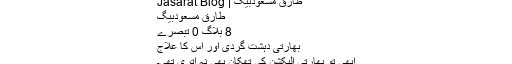
طارق مسعودبیگ | Jasarat Blog
طارق مسعودبیگ
8 بلاگ 0 تبصرے
بھارتی دہشت گردی اور اس کا علاج
ابھی تو بھارتی الیکشن کی تھکان بھی نہ اتری تھی۔